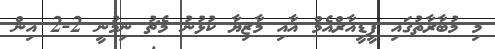
މި މުބާރާތުގައި ޕީޑީއާރްއެމް އާއި މާޒިޔާ ކުޅުނު މެޗު ނިމުނީ 2-2 އިން